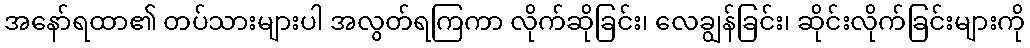
အနော်ရထာ၏ တပ်သားများပါ အလွတ်ရကြကာ လိုက်ဆိုခြင်း၊ လေချွန်ခြင်း၊ ဆိုင်းလိုက်ခြင်းများကို